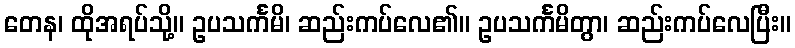
တေန၊ ထိုအရပ်သို့။ ဥပသင်္ကမိ၊ ဆည်းကပ်လေ၏။ ဥပသင်္ကမိတွာ၊ ဆည်းကပ်လေပြီး။